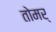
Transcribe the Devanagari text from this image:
तोमर्